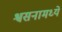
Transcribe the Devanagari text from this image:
श्वसनामध्ये